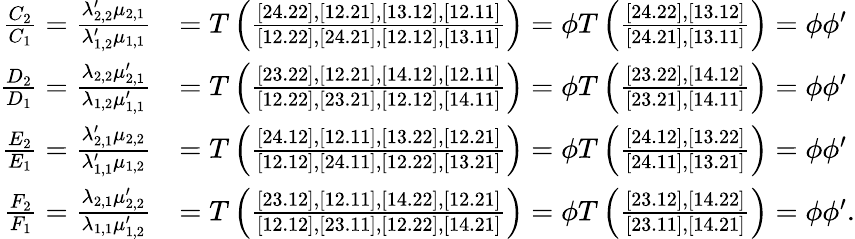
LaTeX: \begin{array}{rl}{\frac{C_{2}}{C_{1}}=\frac{\lambda_{2,2}^{\prime}\mu_{2,1}}{\lambda_{1,2}^{\prime}\mu_{1,1}}}&{=T\left(\frac{[24.22],[12.21],[13.12],[12.11]}{[12.22],[24.21],[12.12],[13.11]}\right)=\phi T\left(\frac{[24.22],[13.12]}{[24.21],[13.11]}\right)=\phi\phi^{\prime}}\\ {\frac{D_{2}}{D_{1}}=\frac{\lambda_{2,2}\mu_{2,1}^{\prime}}{\lambda_{1,2}\mu_{1,1}^{\prime}}}&{=T\left(\frac{[23.22],[12.21],[14.12],[12.11]}{[12.22],[23.21],[12.12],[14.11]}\right)=\phi T\left(\frac{[23.22],[14.12]}{[23.21],[14.11]}\right)=\phi\phi^{\prime}}\\ {\frac{E_{2}}{E_{1}}=\frac{\lambda_{2,1}^{\prime}\mu_{2,2}}{\lambda_{1,1}^{\prime}\mu_{1,2}}}&{=T\left(\frac{[24.12],[12.11],[13.22],[12.21]}{[12.12],[24.11],[12.22],[13.21]}\right)=\phi T\left(\frac{[24.12],[13.22]}{[24.11],[13.21]}\right)=\phi\phi^{\prime}}\\ {\frac{F_{2}}{F_{1}}=\frac{\lambda_{2,1}\mu_{2,2}^{\prime}}{\lambda_{1,1}\mu_{1,2}^{\prime}}}&{=T\left(\frac{[23.12],[12.11],[14.22],[12.21]}{[12.12],[23.11],[12.22],[14.21]}\right)=\phi T\left(\frac{[23.12],[14.22]}{[23.11],[14.21]}\right)=\phi\phi^{\prime}.}\end{array}